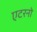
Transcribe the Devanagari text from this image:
एटरनो